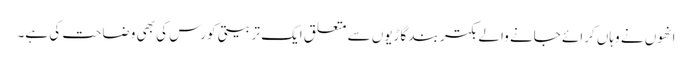
انھوں نے وہاں کرائے جانے والے بکتر بند گاڑیوں سے متعلق ایک تربیتی کورس کی بھی وضاحت کی ہے۔